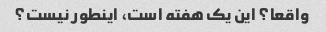
واقعا؟ این یک هفته است، اینطور نیست؟